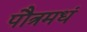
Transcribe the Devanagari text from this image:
पौत्रमधं